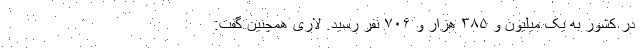
در کشور به یک میلیون و ۳۸۵ هزار و ۷۰۶ نفر رسید. لاری همچنین گفت: